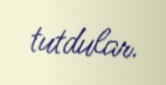
tutdular.